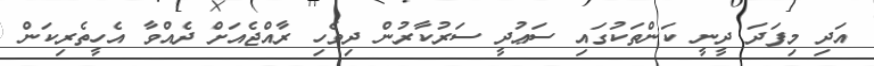
އަދި މިފަދަ ދީނީ ކަންތަކުގައި ސަޢުދީ ސަރުކާރުން ދިވެހި ރާއްޖެއަށް ދެއްވާ އެހީތެރިކަން